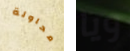
محاولة ويا